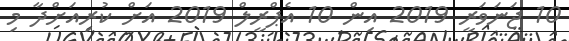
10 ޖަނަވަރީ 2019 އިން 10 އެޕްރީލް 2019 އަށް ކުރިއަށްދާ މި